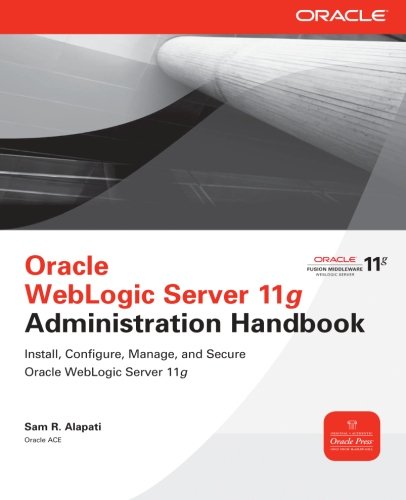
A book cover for Oracle WebLogic Server 11g Administration Handbook (Oracle Press); Sam R. Alapati; Computers & Technology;